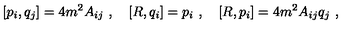
[ p _ { i } , q _ { j } ] = 4 m ^ { 2 } A _ { i j } \ , \quad [ R , q _ { i } ] = p _ { i } \ , \quad [ R , p _ { i } ] = 4 m ^ { 2 } A _ { i j } q _ { j } \ ,